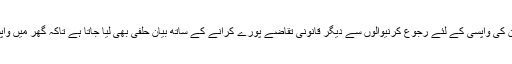
انہوںنے بتایا کہ دارالامان میں مقیم خواتین کی واپسی کے لئے رجوع کرنیوالوں سے دیگر قانونی تقاضے پورے کرانے کے ساتھ بیان حلفی بھی لیا جاتا ہے تاکہ گھر میں واپسی پر انکے تحفظ کو یقینی بنایا جائے گا۔